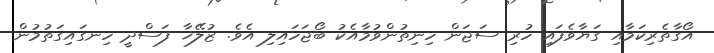
އޯގާތެރިކަމާއި ގަޔާވެފައި ހުރި ސަޖަން ހިނިތުންވުމާއެކު ބޯޖަހައިލި އެވެ. ޒުލޭޚާ ފަސްދީ ހިނގައިގަތުމުން